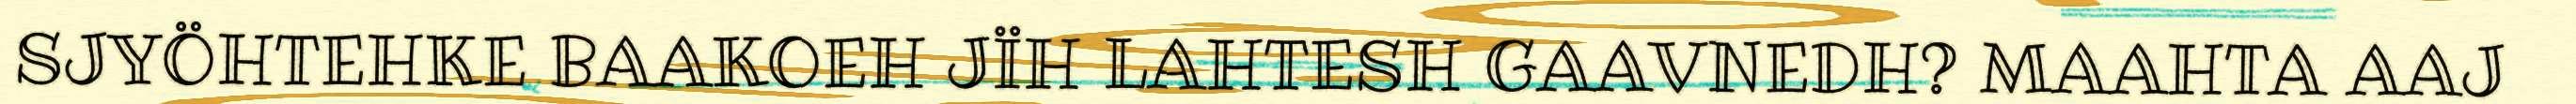
SJYÖHTEHKE BAAKOEH JÏH LAHTESH GAAVNEDH? MAAHTA AAJ